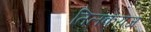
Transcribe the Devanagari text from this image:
तिलकराज